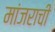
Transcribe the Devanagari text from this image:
मांजराची